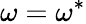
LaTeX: \omega=\omega^{*}